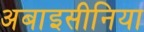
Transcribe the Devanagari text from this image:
अबाइसीनिया